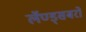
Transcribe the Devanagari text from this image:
लॅण्ड्सबरो